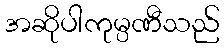
အဆိုပါကုမ္ပဏီသည်